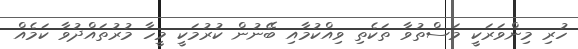
ހުރި މިންވަރަކީ މަސްތުވާ ތަކެތި ވިއްކުމާއި ބޭނުން ކުރުމަކީ މީހާ މުރުތައްދުވާ ކަމެއް